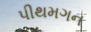
પીથમગન